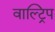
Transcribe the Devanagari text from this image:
वाल्ट्रिप